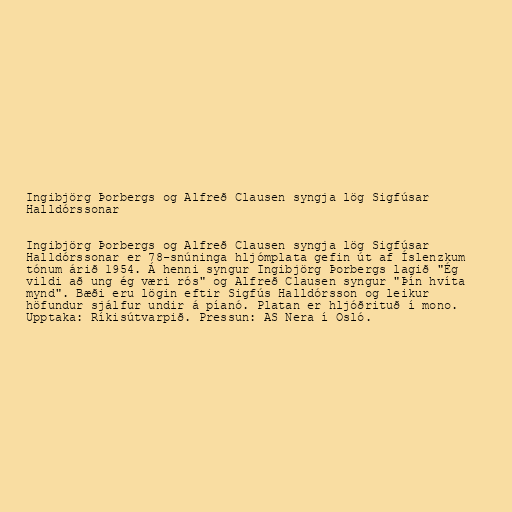
Ingibjörg Þorbergs og Alfreð Clausen syngja lög Sigfúsar
Halldórssonar

Ingibjörg Þorbergs og Alfreð Clausen syngja lög Sigfúsar
Halldórssonar er 78-snúninga hljómplata gefin út af Íslenzkum
tónum árið 1954. Á henni syngur Ingibjörg Þorbergs lagið "Ég
vildi að ung ég væri rós" og Alfreð Clausen syngur "Þín hvíta
mynd". Bæði eru lögin eftir Sigfús Halldórsson og leikur
höfundur sjálfur undir á píanó. Platan er hljóðrituð í mono.
Upptaka: Ríkisútvarpið. Pressun: AS Nera í Osló.